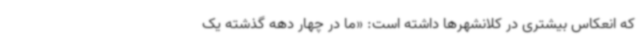
که انعکاس بیشتری در کلانشهرها داشته است: «ما در چهار دهه گذشته یک